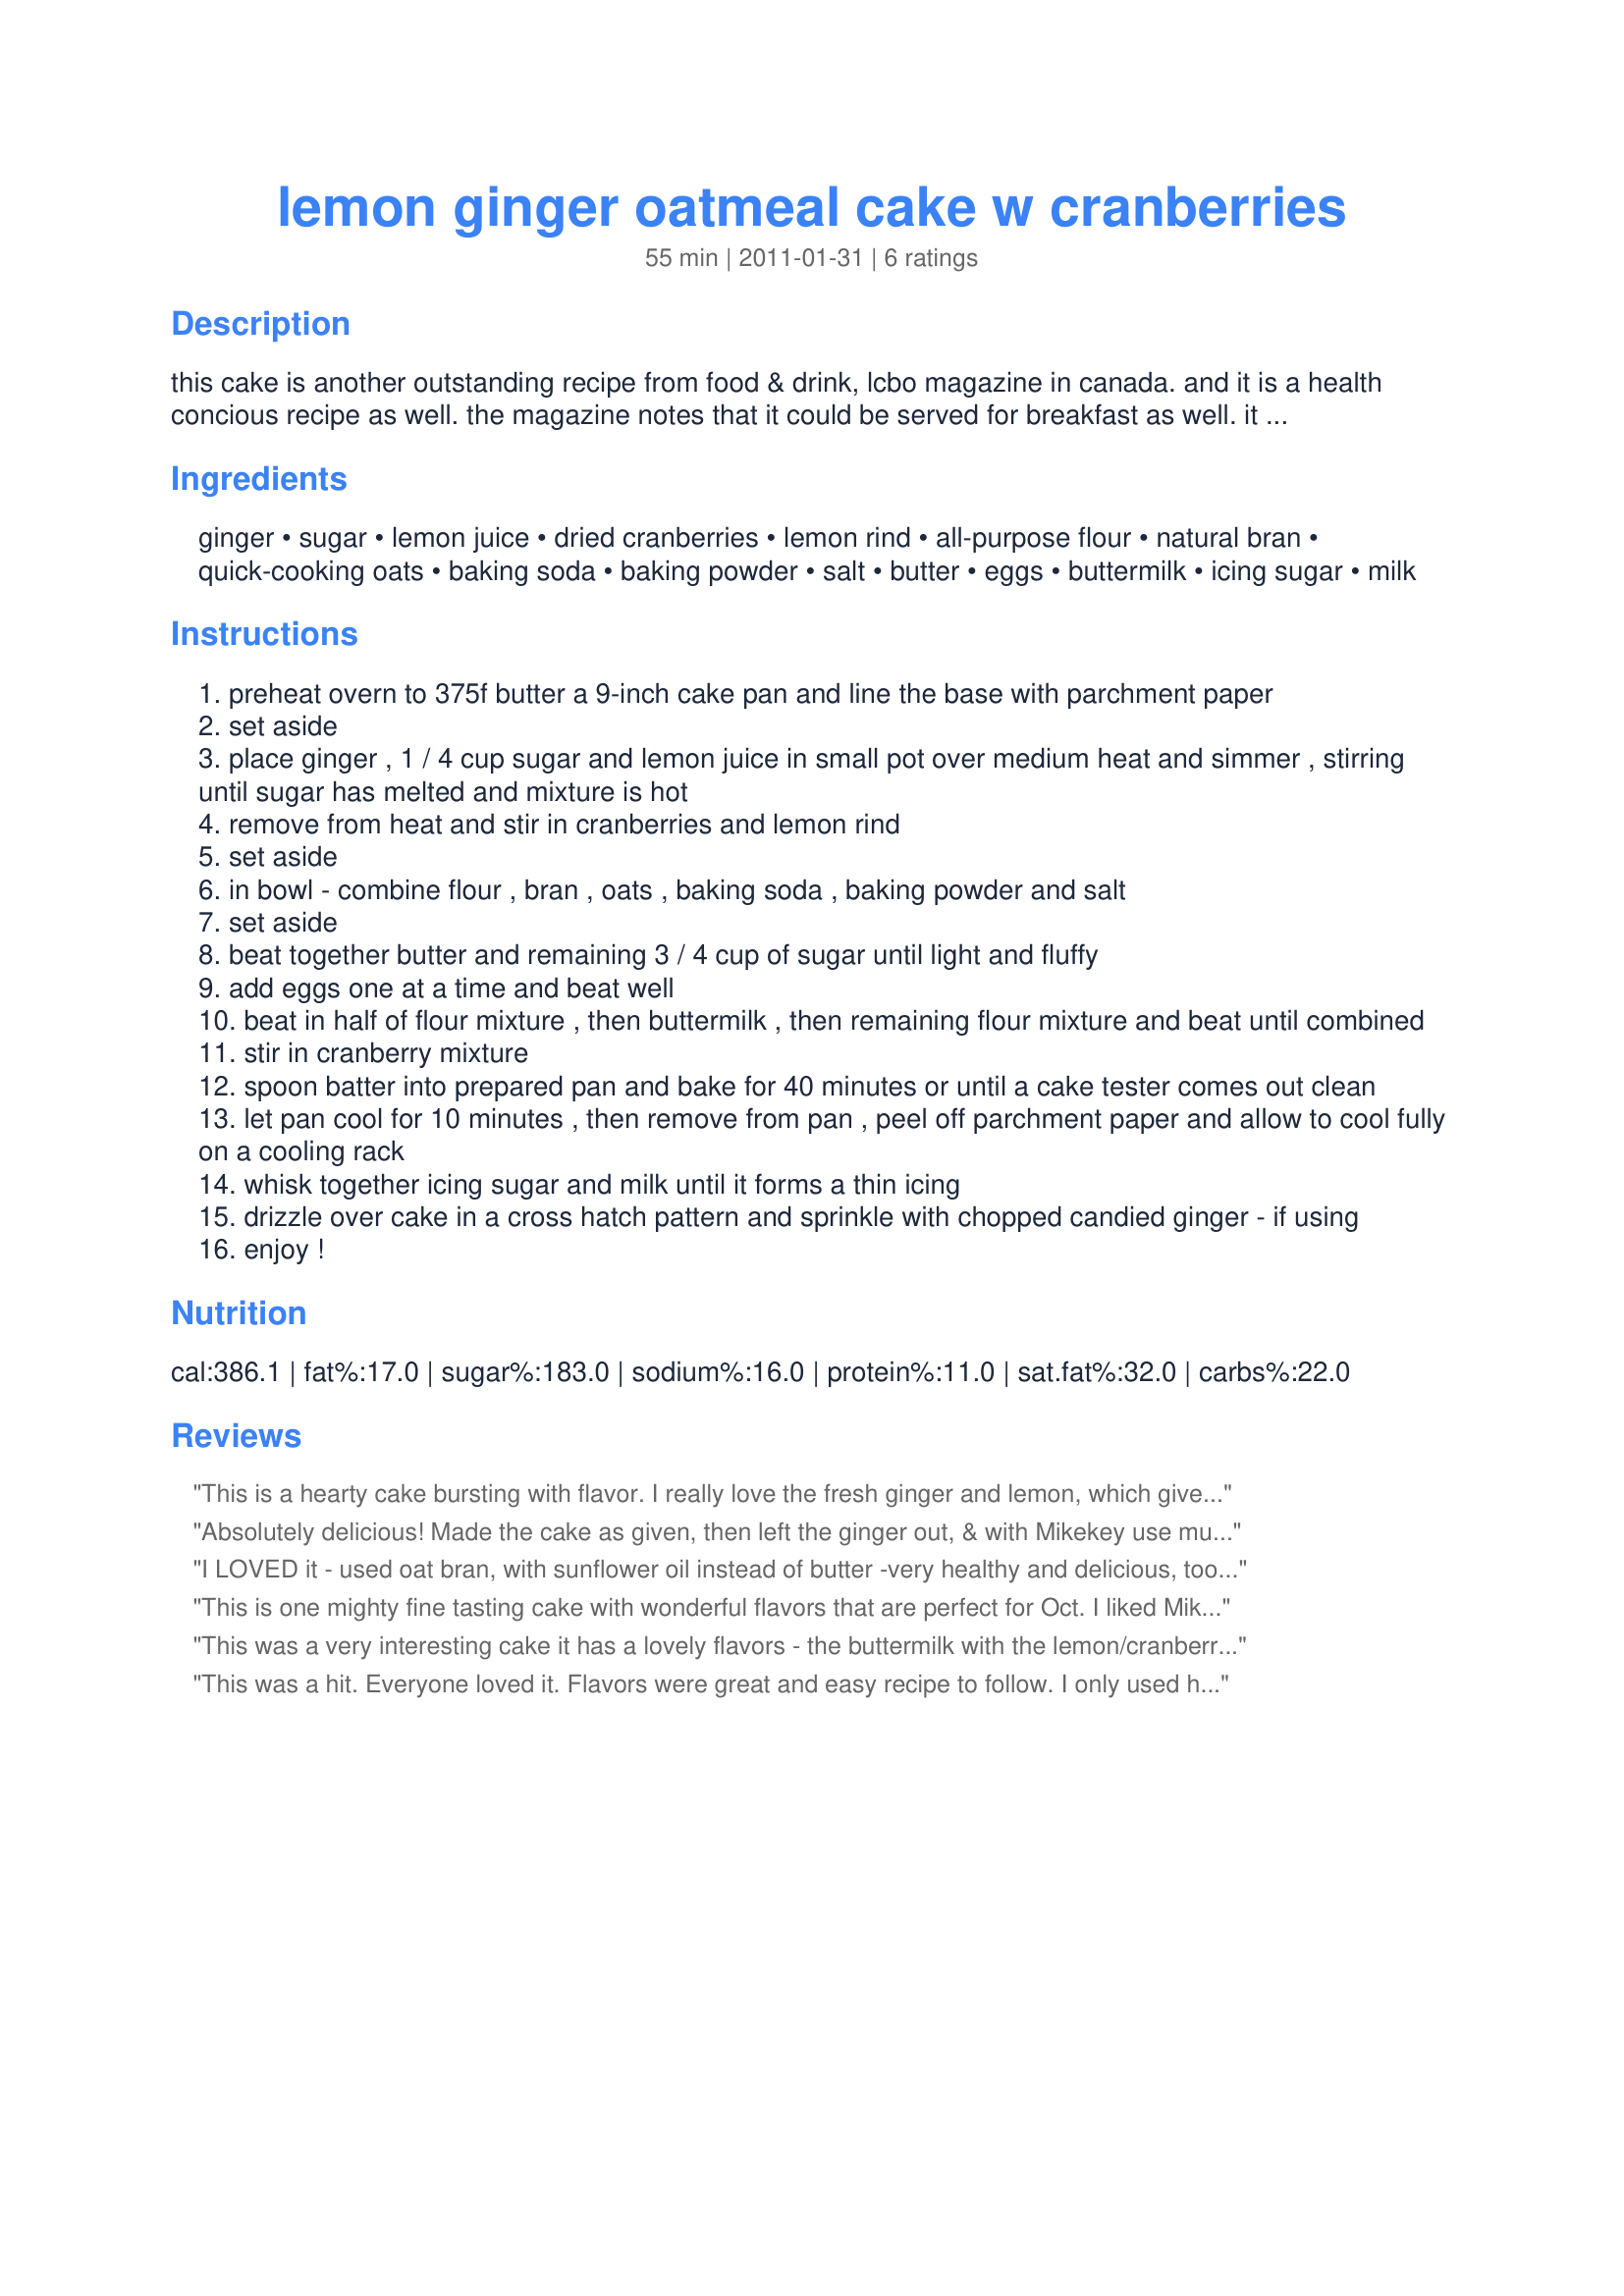
lemon ginger oatmeal cake w cranberries
Preparation time: 55 minutes

this cake is another outstanding recipe from food & drink, lcbo magazine in canada. and it is a health concious recipe as well. the magazine notes that it could be served for breakfast as well. it works great in muffins, too. you can omit the cranberries - or sub with raisin etc - if you are not a fan of cranberries, but they really do add a certain something. you can add 1 tsp of vinegar to regular milk and let it sit for 5 min if you do not have buttermilk.

Ingredients:
ginger, sugar, lemon juice, dried cranberries, lemon rind, all-purpose flour, natural bran, quick-cooking oats, baking soda, baking powder, salt, butter, eggs, buttermilk, icing sugar, milk

Steps:
preheat overn to 375f butter a 9-inch cake pan and line the base with parchment paper
set aside
place ginger , 1 / 4 cup sugar and lemon juice in small pot over medium heat and simmer , stirring until sugar has melted and mixture is hot
remove from heat and stir in cranberries and lemon rind
set aside
in bowl - combine flour , bran , oats , baking soda , baking powder and salt
set aside
beat together butter and remaining 3 / 4 cup of sugar until light and fluffy
add eggs one at a time and beat well
beat in half of flour mixture , then buttermilk , then remaining flour mixture and beat until combined
stir in cranberry mixture
spoon batter into prepared pan and bake for 40 minutes or until a cake tester comes out clean
let pan cool for 10 minutes , then remove from pan , peel off parchment paper and allow to cool fully on a cooling rack
whisk together icing sugar and milk until it forms a thin icing
drizzle over cake in a cross hatch pattern and sprinkle with chopped candied ginger - if using
enjoy !

Reviews:
This is a hearty cake bursting with flavor. I really love the fresh ginger and lemon, which give the cake really wonderful flavor--not too strong, not too light. The cranberries were a perfect addition to these flavors. I did find the cake a bit crumbly for my preference. It was hard to handle and cut, maybe a touch dry. Instead of the glaze I used Mikekey's suggestion to use whipped cream. This added a little moisture and gave the cake something to stick to. A really tasty cake--I kept picking up the crumbly bits and popping them in my mouth!
Absolutely delicious! Made the cake as given, then left the ginger out, & with Mikekey use much less of the glaze than given in the recipe! Would happily make it that way again, for sure! This is definitely a keeper of a recipe! Thanks for sharing it! [Made & reviewed in 1-2-3 Hits recipe tag]
I LOVED it - used oat bran, with sunflower oil instead of butter -very healthy and delicious, took a little longer to cook completely, baked in 2 8" springform pans and it freezes beautifully, I'll make this again and again. I really liked the crumbly texture.
This is one mighty fine tasting cake with wonderful flavors that are perfect for Oct. I liked Mikekeys idea and served this with Recipe #459229. It's really hard to stop at one slice, consider yourself warned. :D
This was a very interesting cake it has a lovely flavors - the buttermilk with the lemon/cranberry/ginger is quite nice (I decreased the ginger as I was using jarred and I didn't want it to be overpowering). The texture is little coarse and I don't know that I like the mouth feel from the oats - I almost dropped a star for this but it's such a unique cake it needed 5! I subbed wheat germ for the bran as mine was old and added a little more cranberries (I added them to the cooked lemon juice/ sugar mix after I cooked it, to plump them up a little). The cake is surprisingly moist even with the extra grains. I skipped the glaze and served it with whipped cream. This is a quick cake to make, I decided to bake it a 6:07pm and was serving it to my Bible Study group at 7:20, and I had to drive almost 10 minutes to get there - my car smelled heavenly on the way there (no pun intended). I found it was done in 35 minutes, I had skipped the parchment and just sprayed the pan and it popped right out without a problem. Made for PRMRT
This was a hit. Everyone loved it. Flavors were great and easy recipe to follow. I only used half the glaze recipe and may just skip it all together next time and serve with whipped cream. I also will just add the chopped candied ginger to the batter next time, instead of on top.
